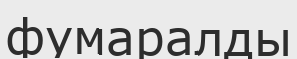
фумаралды